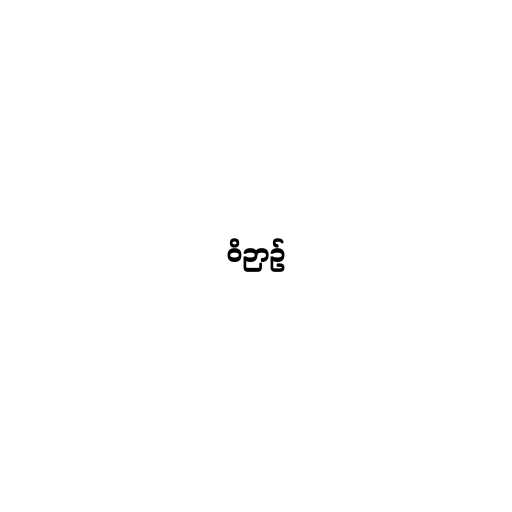
ဝိဉာဥ်